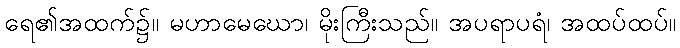
ရေ၏အထက်၌။ မဟာမေဃော၊ မိုးကြီးသည်။ အပရာပရံ၊ အထပ်ထပ်။